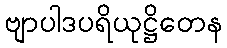
ဗျာပါဒပရိယုဋ္ဌိတေန